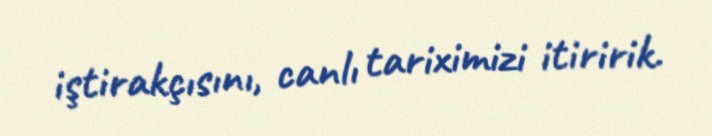
iştirakçısını, canlı tariximizi itiririk.